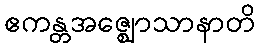
ဧကန္တအဇ္ဈောသာနာတိ